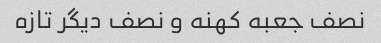
نصف جعبه کهنه و نصف دیگر تازه